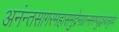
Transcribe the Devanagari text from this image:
अनंन्तसागरमहासमुद्रेमग्नान्समभ्युद्धरवासुदेव।